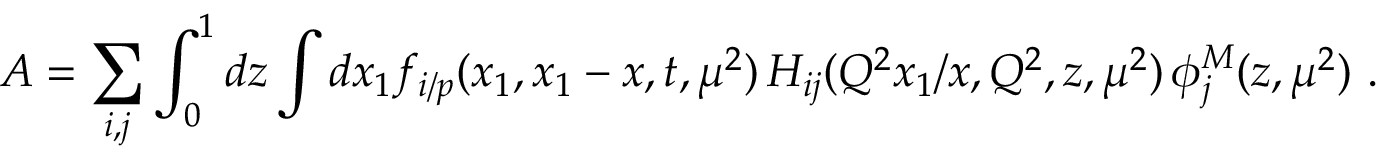
A = \sum _ { i , j } \int _ { 0 } ^ { 1 } d z \int d x _ { 1 } f _ { i / p } ( x _ { 1 } , x _ { 1 } - x , t , \mu ^ { 2 } ) \, H _ { i j } ( Q ^ { 2 } x _ { 1 } / x , Q ^ { 2 } , z , \mu ^ { 2 } ) \, \phi _ { j } ^ { M } ( z , \mu ^ { 2 } ) \ .